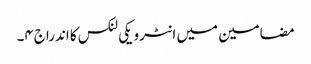
مضامین میں انٹرویکی لنکس کا اندراج۴۔